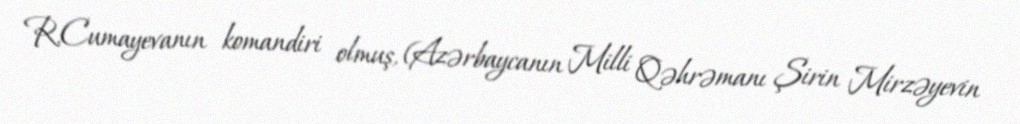
R.Cumayevanın komandiri olmuş, (Azərbaycanın Milli Qəhrəmanı Şirin Mirzəyevin